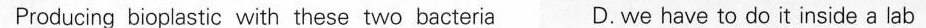
Producing bioplastic with these two bacteria D. We have to do it inside a lab